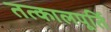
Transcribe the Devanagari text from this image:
तत्कालपूर्ति